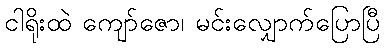
ငါရိုးထဲ ကျော်ဇော၊ မင်းလျှောက်ပြောပြီ